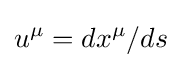
u^{\mu }=dx^{\mu }/ds